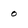
Character: 0